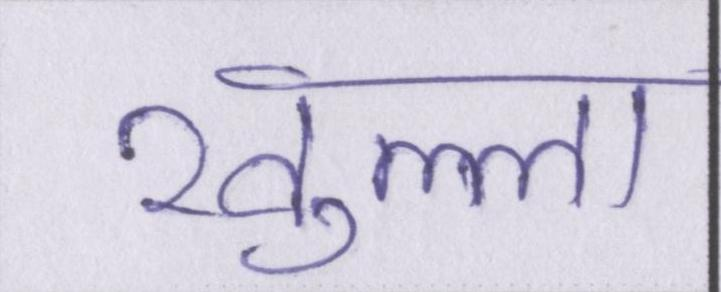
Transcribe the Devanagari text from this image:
खुल्ला